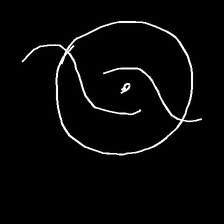
Glyph: repetition